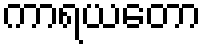
ကာရယတော